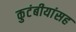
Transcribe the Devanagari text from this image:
कुटंबीयांसह